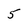
Character: 5